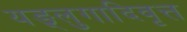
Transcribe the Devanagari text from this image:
यङ्लुगादिवृत्त